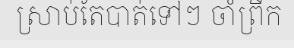
ស្រាប់តែបាត់ទៅៗ ចាំព្រឹក